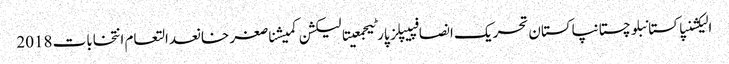
الیکشنپاکستانبلوچستانپاکستان تحریک انصافپیپلز پارٹیجمعیتالیکشن کمیشناصغر خانعدالتعام انتخابات 2018